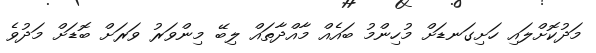
މަދުކޮށްލައި ހަށިގަނޑަށް މުހިންމު ބައެއް މާއްދާތައް ލިބޭ މިންވަރު ވަރަށް ބޮޑަށް މަދުވެ